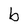
Character: b